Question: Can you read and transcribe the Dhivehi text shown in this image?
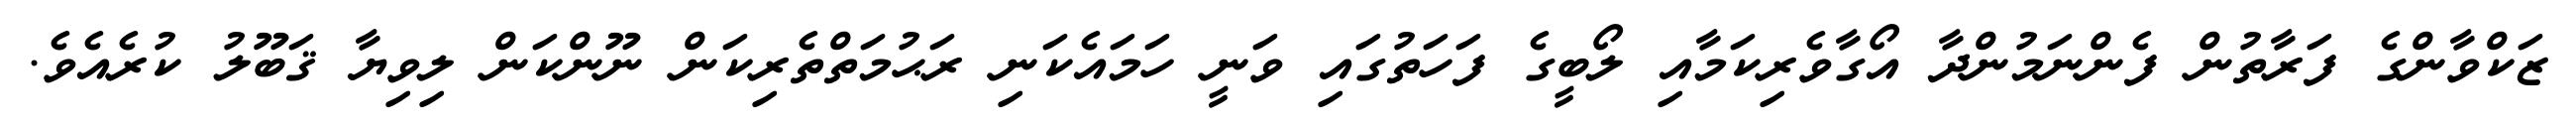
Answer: ޒަކްވާންގެ ފަރާތުން ފެންނަމުންދާ އޯގާވެރިކަމާއި ލޯބީގެ ފަހަތުގައި ވަނީ ހަމައެކަނި ރަޙުމަތްތެރިކަން ނޫންކަން ލިވިޔާ ޤަބޫލު ކުރެއެވެ.